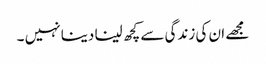
مجھے ان کی زندگی سے کچھ لینا دینا نہیں ۔